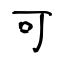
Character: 可